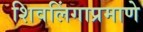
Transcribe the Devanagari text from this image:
शिवलिंगाप्रमाणे